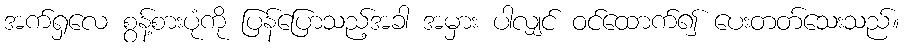
အက်ရှလေ စွန့်စားပုံကို ပြန်ပြောသည့်အခါ အမှား ပါလျှင် ဝင်ထောက်၍ ပေးတတ်သေးသည်။